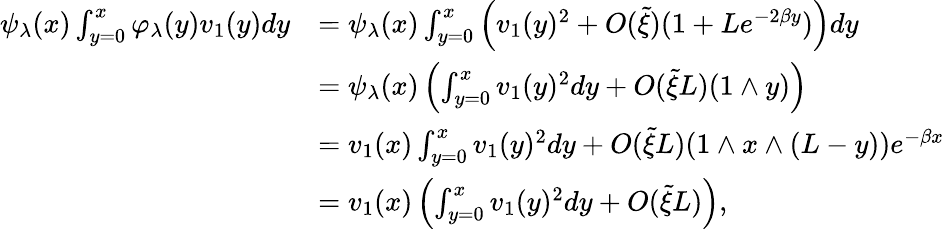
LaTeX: \begin{array}{rl}{\psi_{\lambda}(x)\int_{y=0}^{x}\varphi_{\lambda}(y)v_{1}(y)dy}&{=\psi_{\lambda}(x)\int_{y=0}^{x}\left(v_{1}(y)^{2}+O(\tilde{\xi})(1+Le^{-2\beta y})\right)dy}\\ &{=\psi_{\lambda}(x)\left(\int_{y=0}^{x}v_{1}(y)^{2}dy+O(\tilde{\xi}L)(1\wedge y)\right)}\\ &{=v_{1}(x)\int_{y=0}^{x}v_{1}(y)^{2}dy+O(\tilde{\xi}L)(1\wedge x\wedge(L-y))e^{-\beta x}}\\ &{=v_{1}(x)\left(\int_{y=0}^{x}v_{1}(y)^{2}dy+O(\tilde{\xi}L)\right),}\end{array}